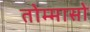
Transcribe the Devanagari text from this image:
तोम्मासो